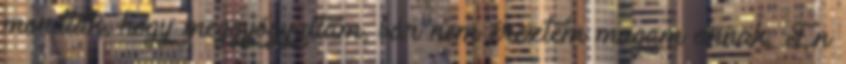
mondták, hogy meggyógyultam, bár nem éreztem magam annak. Én